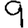
Digit: 9